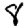
Digit: 8